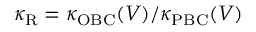
\kappa _ { \mathrm { R } } = \kappa _ { \mathrm { O B C } } ( V ) / \kappa _ { \mathrm { P B C } } ( V )